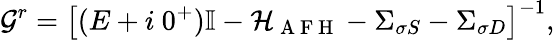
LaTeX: \mathcal{G}^{r}=\left[(E+i~0^{+})\mathbb{I}-\mathcal{H}_{\mathrm{~A~F~H~}}-\Sigma_{\sigma S}-\Sigma_{\sigma D}\right]^{-1},